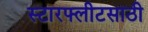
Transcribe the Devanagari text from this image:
स्टारफ्लीटसाठी